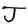
Character: J